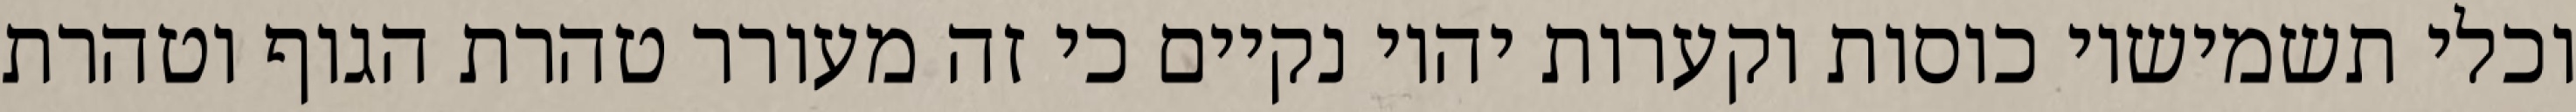
וכלי תשמישיו כוסות וקערות יהיו נקיים כי זה מעורר טהרת הגוף וטהרת